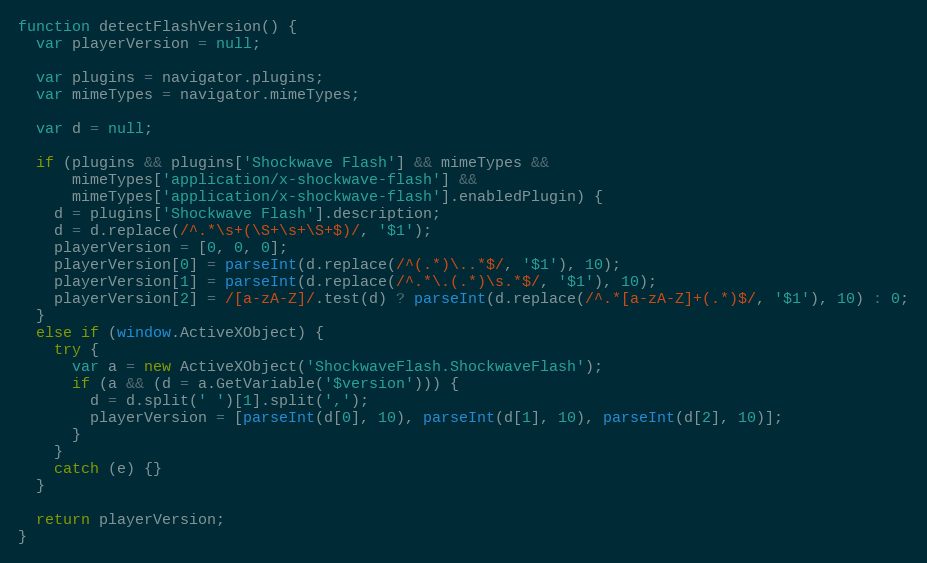
Language: JavaScript
function detectFlashVersion() {
  var playerVersion = null;

  var plugins = navigator.plugins;
  var mimeTypes = navigator.mimeTypes;

  var d = null;

  if (plugins && plugins['Shockwave Flash'] && mimeTypes &&
      mimeTypes['application/x-shockwave-flash'] &&
      mimeTypes['application/x-shockwave-flash'].enabledPlugin) {
    d = plugins['Shockwave Flash'].description;
    d = d.replace(/^.*\s+(\S+\s+\S+$)/, '$1');
    playerVersion = [0, 0, 0];
    playerVersion[0] = parseInt(d.replace(/^(.*)\..*$/, '$1'), 10);
    playerVersion[1] = parseInt(d.replace(/^.*\.(.*)\s.*$/, '$1'), 10);
    playerVersion[2] = /[a-zA-Z]/.test(d) ? parseInt(d.replace(/^.*[a-zA-Z]+(.*)$/, '$1'), 10) : 0;
  }
  else if (window.ActiveXObject) {
    try {
      var a = new ActiveXObject('ShockwaveFlash.ShockwaveFlash');
      if (a && (d = a.GetVariable('$version'))) {
        d = d.split(' ')[1].split(',');
        playerVersion = [parseInt(d[0], 10), parseInt(d[1], 10), parseInt(d[2], 10)];
      }
    }
    catch (e) {}
  }

  return playerVersion;
}